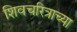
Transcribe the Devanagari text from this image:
शिवचरित्राच्या